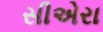
સીએરા